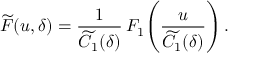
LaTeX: \widetilde { \cal F } ( u , \delta ) = \frac { 1 } { \widetilde C _ { 1 } ( \delta ) } \, { \cal F } _ { 1 } \! \left( \frac { u } { \widetilde C _ { 1 } ( \delta ) } \right) .